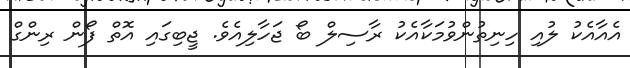
އެއާއެކު ލުއި ހިނިތުންވުމަކާއެކު ރާސިލް ބޯ ޖަހާލިއެވެ. ޖީބިގައި އޮތް ފޯން ރިންގް